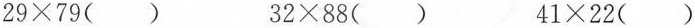
$$29\times 79（）$$ $$32\times 88（）$$ $$41\times 22（）$$